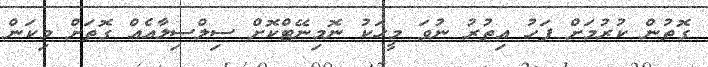
ގޮތުން ކުރުމަށް ފަހު އިތުރު ނުވަ މީހަކު ނޮމިނޭޓްކޮށް ސިލްސިލާއެއް ގޮތަށް މިކަން